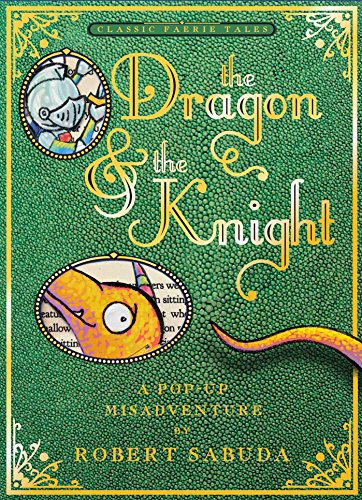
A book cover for The Dragon & the Knight: A Pop-up Misadventure; Robert Sabuda; Children's Books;